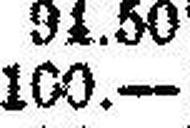
100.—